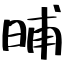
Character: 晡